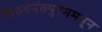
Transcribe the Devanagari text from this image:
तिरुवनंतपुरममधून